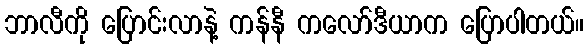
ဘာလီကို ပြောင်းလာနဲ့ ကန်နီ ကလော်ဒီယာက ပြောပါတယ်။